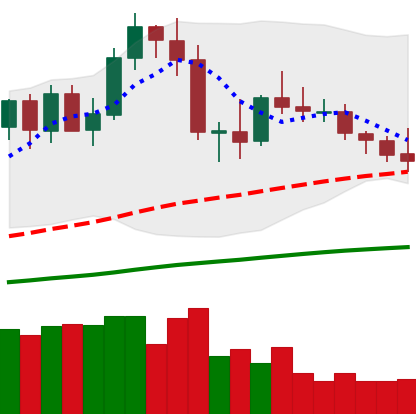
Ticker: NEO-USD
Chart end date: 2020-10-01
Forward return: -11.663%
Label: down_7plus